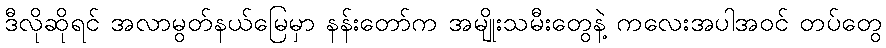
ဒီလိုဆိုရင် အလာမွတ်နယ်မြေမှာ နန်းတော်က အမျိုးသမီးတွေနဲ့ ကလေးအပါအဝင် တပ်တွေ